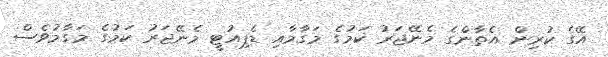
އޭގެ ކުރިން އެތާންގެ މެނޭޖަރު ކަމުގެ މަގާމާއި ޑެޕިއުޓީ މެނޭޖަރު ކަމުގެ މަގާމުވެސް